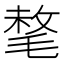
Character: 㲠